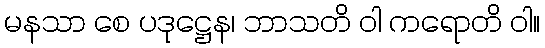
မနသာ စေ ပဒုဋ္ဌေန၊ ဘာသတိ ဝါ ကရောတိ ဝါ။